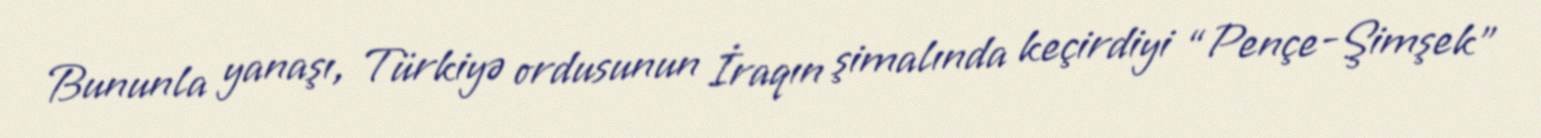
Bununla yanaşı, Türkiyə ordusunun İraqın şimalında keçirdiyi “Pençe-Şimşek”